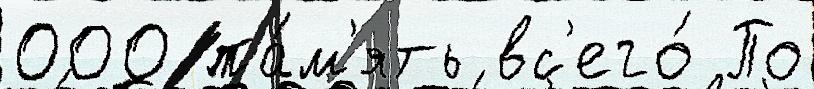
000 па́м'ять вс'его́ По